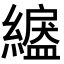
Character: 𦅺